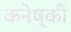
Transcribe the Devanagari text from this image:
कनेष्की